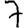
Digit: 7